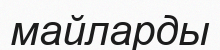
майларды